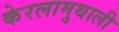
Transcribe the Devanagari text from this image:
केरलामुथाली